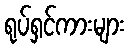
ရုပ်ရှင်ကားများ